Code of medical and sanitary regulations for the guidance of medical officers serving in the Madras Presidency - Volume II
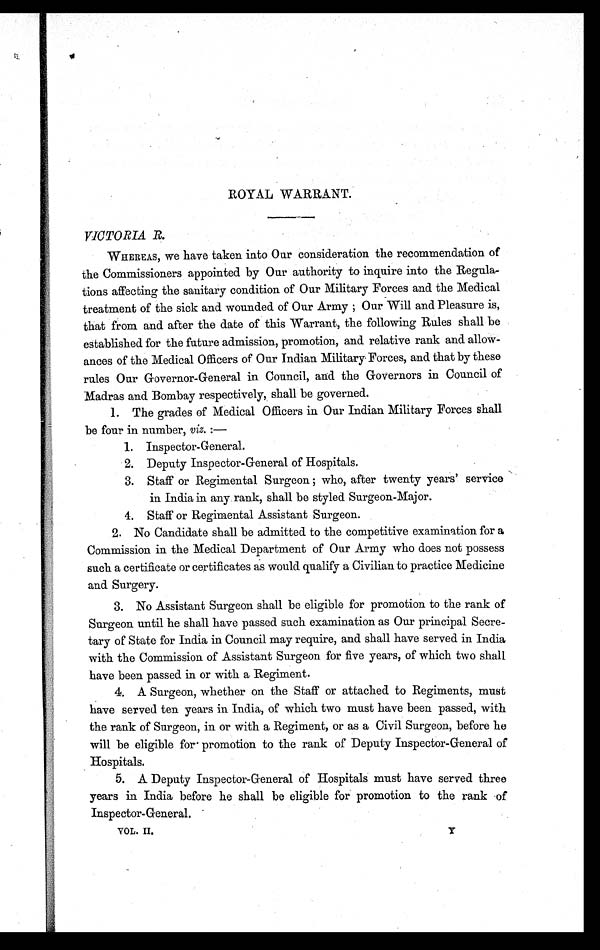
ROYAL WARRANT.
VICTORIA R.
WHEREAS, we have taken into Our consideration the recommendation of
the Commissioners appointed by Our authority to inquire into the Regula
-tions affecting the sanitary condition of Our Military Forces and. the Medical
treatment of the sick and wounded of Our Army ; Our Will and Pleasure is,
that from and. after the date of this Warrant, the following Rules shall be
established for the future admission, promotion, and relative rank and allow
-ances of the Medical Officers of Our Indian Military Forces, and that by these
rules Our Governor-General in Council, and the Governors in Council of
Madras and Bombay respectively, shall be governed.
1. The grades of Medical Officers in Our Indian Military Forces shall
be four in number, viz.:—
1. Inspector-General.
2. Deputy Inspector-General of Hospitals.
3. Staff or Regimental Surgeon; who, after twenty years' service
in India in any rank, shall be styled Surgeon-Major.
4. Staff or Regimental Assistant Surgeon.
2. No Candidate shall be admitted to the competitive examination for a
Commission in the Medical Department of Our Army who does not possess
such a certificate or certificates as would. qualify a Civilian to practice Medicine
and Surgery.
3. No Assistant Surgeon shall be eligible for promotion to the rank of
Surgeon until he shall have passed such examination as Our principal Secre
-tary of State for India in Council may require, and shall have served in India
with the Commission of Assistant Surgeon for five years, of which two shall
have been passed in or with a Regiment.
4. A Surgeon, whether on the Staff or attached to Regiments, must
have served ten years in India, of which two must have been passed, with
the rank of Surgeon, in or with a Regiment, or as a Civil Surgeon, before he
will be eligible for promotion to the rank of Deputy Inspector-General of
Hospitals.
5. A Deputy Inspector-General of Hospitals must have served three
years in India before he shall be eligible for promotion to the rank of
Inspector-General.
VOL. II.